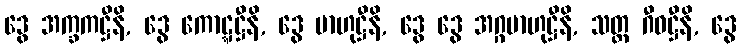
ဒွေ အက္ခကဋ္ဌီနိ, ဒွေ ကောဋ္ဋဋ္ဌီနိ, ဒွေ ဗာဟုဋ္ဌီနိ, ဒွေ ဒွေ အဂ္ဂဗာဟုဋ္ဌီနိ, သတ္တ ဂီဝဋ္ဌီနိ, ဒွေ